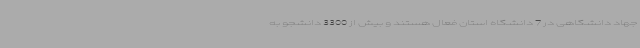
جهاد دانشگاهی در 7 دانشگاه استان فعال هستند و بیش از 3300 دانشجو به